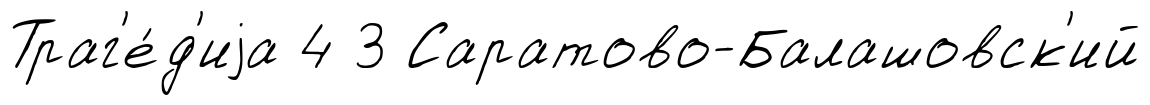
Траг'е́д'иjа 4 3 Саратово-Балашовск'ий